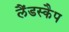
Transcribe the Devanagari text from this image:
लैंडस्कैप